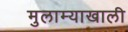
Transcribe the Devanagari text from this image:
मुलाम्याखाली